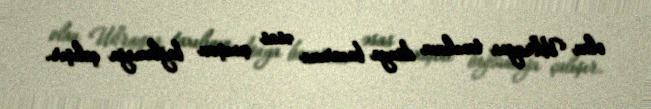
olan Ukrayna taxılının dünya bazarına əsas çıxışını bağlamağa çalışır.